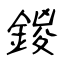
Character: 鍐